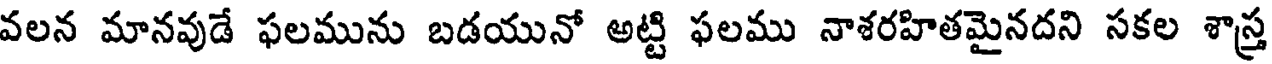
వలన మానవుడే ఫలమును బడయునో అట్టి ఫలము నాశరహితమైనదని సకల శాస్త్ర